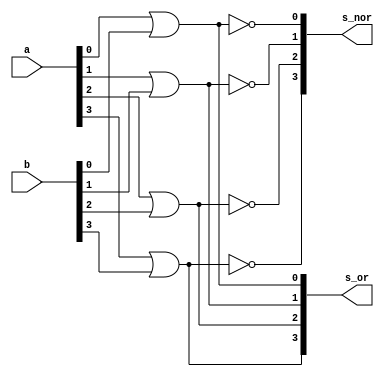
// -------------------------
// Exemplo0034 - OR/NOR e XOR/XNOR - 4 bits - Selecionvel
// Nome: Thaise Souto Martins
// -------------------------

module or_nor(output [3:0] s_or, output [3:0] s_nor,
              input [3:0] a, input [3:0] b);

	or D0 (s_or[0], a[0], b[0]);
	or D1 (s_or[1], a[1], b[1]);
	or D2 (s_or[2], a[2], b[2]);
	or D3 (s_or[3], a[3], b[3]);

	nor A0 (s_nor[0], a[0], b[0]);
	nor A1 (s_nor[1], a[1], b[1]);
	nor A2 (s_nor[2], a[2], b[2]);
	nor A3 (s_nor[3], a[3], b[3]);

endmodule // or_nor

module xor_xnor(output [3:0] s_xor, output [3:0] s_xnor,
                input [3:0] a, input [3:0] b);

	xor ND0 (s_xor[0], a[0], b[0]);
	xor ND1 (s_xor[1], a[1], b[1]);
	xor ND2 (s_xor[2], a[2], b[2]);
	xor ND3 (s_xor[3], a[3], b[3]);

	xnor NA0 (s_xnor[0], a[0], b[0]);
	xnor NA1 (s_xnor[1], a[1], b[1]);
	xnor NA2 (s_xnor[2], a[2], b[2]);
	xnor NA3 (s_xnor[3], a[3], b[3]);

endmodule // xor_xnor (de nor_nand)

module subcircuito(output [3:0] s1, output [3:0] s2,
                   input chave, input [3:0] a, input [3:0] b);
	wire [3:0] s_or_nor_OR;
	wire [3:0] s_or_nor_NOR;
	wire [3:0] s_xor_xnor_XOR;
	wire [3:0] s_xor_xnor_XNOR;
	wire chaveNegada;
	wire [3:0] intermedio1;
	wire [3:0] intermedio2;
	wire [3:0] intermedio1b;
	wire [3:0] intermedio2b;

	or_nor N1 (s_or_nor_OR, s_or_nor_NOR, a, b);
	xor_xnor N2 (s_xor_xnor_XOR, s_xor_xnor_XNOR, a, b);
	
	// primeiro vamos decidir qual  o valor de s1, OR ou XOR
	// para depois decidir qual  o valor de s2, NOR ou XNOR.

	// OR ou XOR

	not S0 (chaveNegada, chave);

	and S1 (intermedio1[0], s_or_nor_OR[0], chaveNegada);
	and S2 (intermedio2[0], s_xor_xnor_XOR[0], chave);
	or S3 (s1[0], intermedio1[0], intermedio2[0]);

	and S4 (intermedio1[1], s_or_nor_OR[1], chaveNegada);
	and S5 (intermedio2[1], s_xor_xnor_XOR[1], chave);
	or S6 (s1[1], intermedio1[1], intermedio2[1]);

	and S7 (intermedio1[2], s_or_nor_OR[2], chaveNegada);
	and S8 (intermedio2[2], s_xor_xnor_XOR[2], chave);
	or S9 (s1[2], intermedio1[2], intermedio2[2]);

	and S10 (intermedio1[3], s_or_nor_OR[3], chaveNegada);
	and S11 (intermedio2[3], s_xor_xnor_XOR[3], chave);
	or S12 (s1[3], intermedio1[3], intermedio2[3]);

	// NOR ou XNOR

	and S13 (intermedio1b[0], s_or_nor_NOR[0], chaveNegada);
	and S14 (intermedio2b[0], s_xor_xnor_XNOR[0], chave);
	or S15 (s2[0], intermedio1b[0], intermedio2b[0]);

	and S16 (intermedio1b[1], s_or_nor_NOR[1], chaveNegada);
	and S17 (intermedio2b[1], s_xor_xnor_XNOR[1], chave);
	or S18 (s2[1], intermedio1b[1], intermedio2b[1]);

	and S19 (intermedio1b[2], s_or_nor_NOR[2], chaveNegada);
	and S20 (intermedio2b[2], s_xor_xnor_XNOR[2], chave);
	or S21 (s2[2], intermedio1b[2], intermedio2b[2]);

	and S22 (intermedio1b[3], s_or_nor_NOR[3], chaveNegada);
	and S23 (intermedio2b[3], s_xor_xnor_XNOR[3], chave);
	or S24 (s2[3], intermedio1b[3], intermedio2b[3]);

endmodule // subcircuito

module test_subcircuito;
	// ------------------------- definir dados
	reg chave;
	reg [3:0] x;
	reg [3:0] y;
	wire [3:0] s1;
	wire [3:0] s2;
	subcircuito modulo (s1, s2, chave, x, y);
	// ------------------------- parte principal
	initial begin
		$display("Exemplo0034 - Thaise Souto Martins - 395504");
		$display("Test LU's module");
		x = 4'b0011;
		y = 4'b0101;
		chave = 0;
		#1 $display("chave = 0,  or(%3b, %3b) = %3b", x, y, s1);
		$display("chave = 0,  nor(%3b, %3b) = %3b", x, y, s2);
		chave = 1;
		#1 $display("chave = 1,  xor(%3b, %3b) = %3b", x, y, s1);
		$display("chave = 1,  xnor(%3b, %3b) = %3b", x, y, s2);
	end
endmodule // test_subcircuito